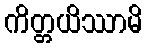
ကိတ္တယိဿာမိ